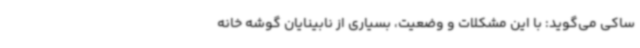
ساکی می‌گوید: با این مشکلات و وضعیت، بسیاری از نابینایان گوشه خانه